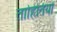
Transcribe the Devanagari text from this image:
ताहितियों